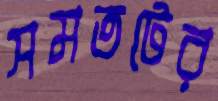
সমতটের